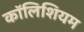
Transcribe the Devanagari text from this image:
कॉलिशियम